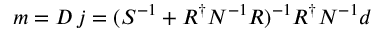
m = D \, j = ( S ^ { - 1 } + R ^ { \dagger } N ^ { - 1 } R ) ^ { - 1 } R ^ { \dagger } N ^ { - 1 } d